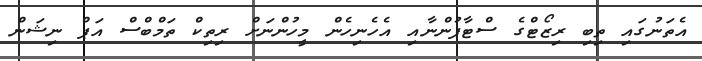
އެތަނުގައި ތިބި ރިޒޯޓްގެ ސްޓާފުންނާއި އެހެނިހެން މީހުންނަށް ރިތިކް ތަމްބްސް އަޕް ނިޝަން